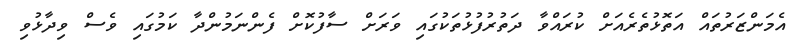
އެމަންޒަރުތައް އަތޮޅުތެރެއަށް ކުރައްވާ ދަތުރުފުޅުތަކުގައި ވަރަށް ސާފުކޮށް ފެންނަމުންދާ ކަމުގައި ވެސް ވިދާޅުވި